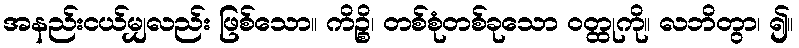
အနည်းငယ်မျှလည်း ဖြစ်သော။ ကိဉ္စိ၊ တစ်စုံတစ်ခုသော ဝတ္ထုကို။ လဘိတွာ၊ ၍။